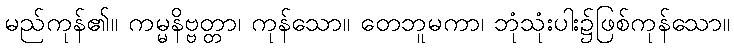
မည်ကုန်၏။ ကမ္မနိဗ္ဗတ္တာ၊ ကုန်သော။ တေဘူမကာ၊ ဘုံသုံးပါး၌ဖြစ်ကုန်သော။